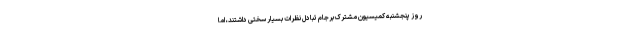
روز پنجشنبه کمیسیون مشترک برجام تبادل نظرات بسیار سختی داشتند، اما